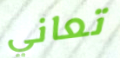
تعاني